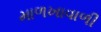
માળખાવાળી